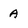
Character: A